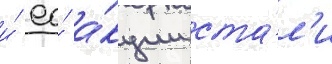
и́ ео́ а́кции ста́л'и